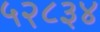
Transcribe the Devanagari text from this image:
५२८३४